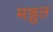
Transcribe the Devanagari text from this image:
मञ्जुल